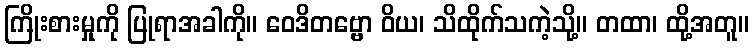
ကြိုးစားမှုကို ပြုရာအခါကို။ ဝေဒိတဗ္ဗော ဝိယ၊ သိထိုက်သကဲ့သို့။ တထာ၊ ထို့အတူ။